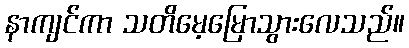
နာကျင်ကာ သတိမေ့မြောသွားလေသည်။